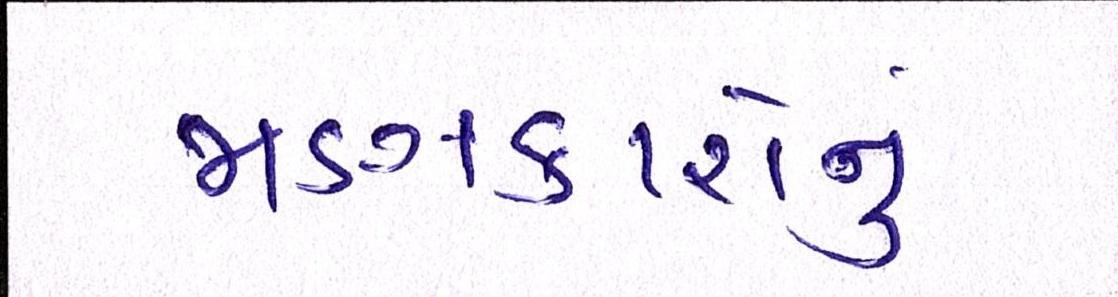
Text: જાણકારોનું